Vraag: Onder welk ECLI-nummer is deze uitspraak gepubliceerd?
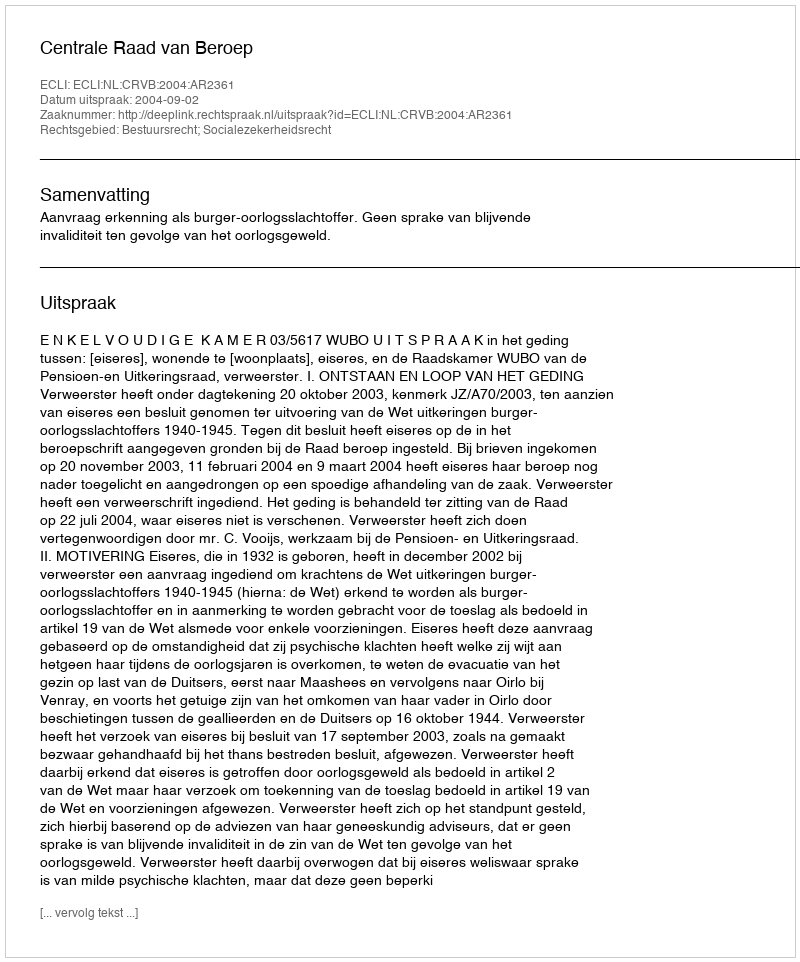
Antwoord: ECLI:NL:CRVB:2004:AR2361